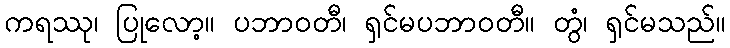
ကရဿု၊ ပြုလော့။ ပဘာဝတီ၊ ရှင်မပဘာဝတီ။ တွံ၊ ရှင်မသည်။